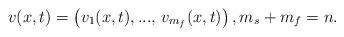
LaTeX: \begin{align*}v(x,t)=\left(v_{1}(x,t),...,\,v_{m_{f}}(x,t)\right),m_{s}+m_{f}=n.\end{align*}